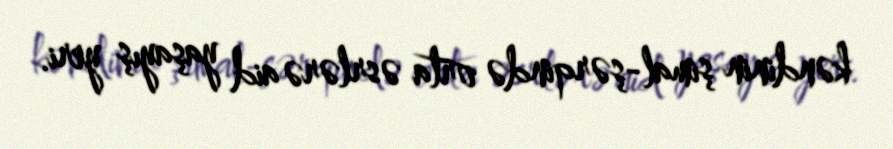
kəndinin şimal-şərqində orta əsrlərə aid yaşayış yeri.